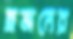
ছজনের